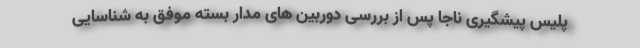
پلیس پیشگیری ناجا پس از بررسی دوربین های مدار بسته موفق به شناسایی